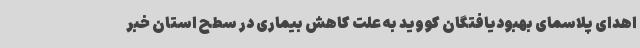
اهدای پلاسمای بهبودیافتگان کووید به علت کاهش بیماری در سطح استان خبر